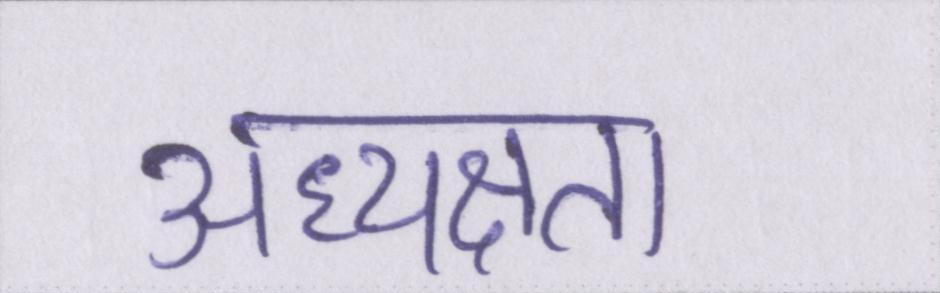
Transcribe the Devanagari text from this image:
अध्यक्षता